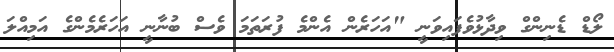
ލޯޑް ޑެނިންގް ވިދާޅުވެފައިވަނީ "އަހަރެން އެންމެ ފުރަތަމަ ވެސް ބުނާނީ އަހަރެމެންގެ އަމިއްލަ